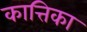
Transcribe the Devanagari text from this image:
कात्तिका